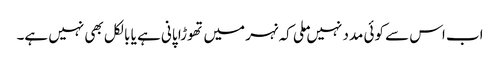
اب اس سے کوئی مدد نہیں ملی کہ نہر میں تھوڑا پانی ہے یا بالکل بھی نہیں ہے۔